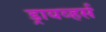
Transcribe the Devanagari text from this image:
ड्रायव्हर्स